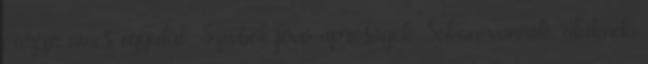
érezze, nincs egyedül. Szívből jövő apróságok Sokan vannak, akiknek